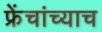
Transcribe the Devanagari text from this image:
फ्रेंचांच्याच